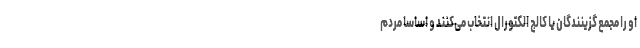
او را مجمع گزینندگان یا کالج الکتورال انتخاب می‌کنند و اساسا مردم